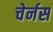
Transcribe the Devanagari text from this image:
चेर्नस